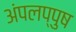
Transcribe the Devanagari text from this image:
अंपलप्पुष